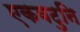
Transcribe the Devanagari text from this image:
एकवटुनि